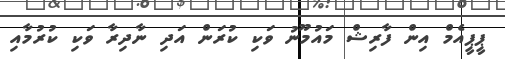
ޕީޕީއެމް އިން ފާރިޝް މައުމޫނު ވަކި ކުރަން އަދި ނާދިރާ ވަކި ކުރުމާއި